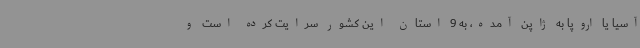
آسیا یا اروپا به ژاپن آمده، به 9 استان این کشور سرایت کرده است و